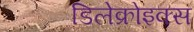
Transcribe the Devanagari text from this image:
डिलेक्रोइक्‍स